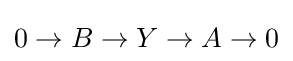
0\to B\to Y\to A\to 0